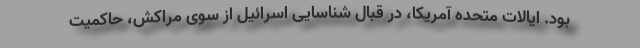
بود. ایالات متحده آمریکا، در قبال شناسایی اسرائیل از سوی مراکش، حاکمیت